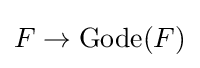
F\to \operatorname {Gode} (F)